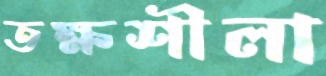
তক্ষশীলা